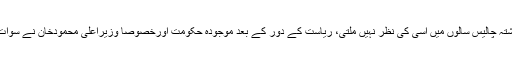
انہو ں نے کہا کہ موجودہ حکومت نے سیدوگروپ آف ہاسپٹلز کیلئے جوخطیرفنڈ ریلیز کیاہے گزشتہ چالیس سالوں میں اسی کی نظر نہیں ملتی، ریاست کے دور کے بعد موجودہ حکومت اورخصوصاً وزیراعلیٰ محمودخان نے سوات کے ان دونوں بڑے ہسپتالوں کیلئے خطیر فنڈ اورجدید طبی سہولیات کی فراہمی کویقینی بنایاہے۔